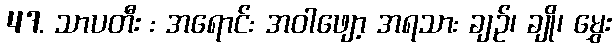
47. သာပတီး : အရောင်: အဝါဖျော့ အရသာ: ချဉ်၊ ချို၊ မွှေး